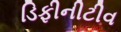
ડિફીનીટીવ